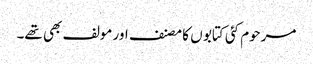
مرحوم کئی کتابو ں کا مصنف اور مولف بھی تھے۔